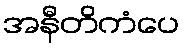
အနီတိကံပေ